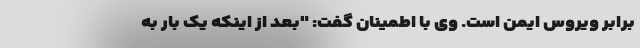
برابر ویروس ایمن است. وی با اطمینان گفت: "بعد از اینکه یک بار به